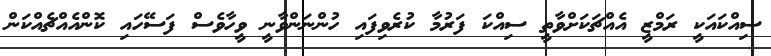
ސިއްކައަކީ ރަމްޒީ އެއްޗަކަށްވާތީ ސިއްކަ ފަރުމާ ކުރެވިފައި ހުންނަންވާނީ ވީހާވެސް ފަސޭހައި ކޮންއެއްޗެއްކަން